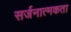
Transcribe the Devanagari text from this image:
सर्जनात्‍मकता